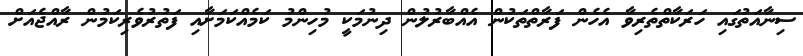
ސިނާއަތުގައި ހަރަކާތްތެރިވާ އެހެން ފަރާތްތަކުން އެއްބާރުލުން ދިނުމަކީ މުހިންމު ކަމެއްކަމަށާއި ފަތުރުވެރިކަމުން ރާއްޖެއަށް